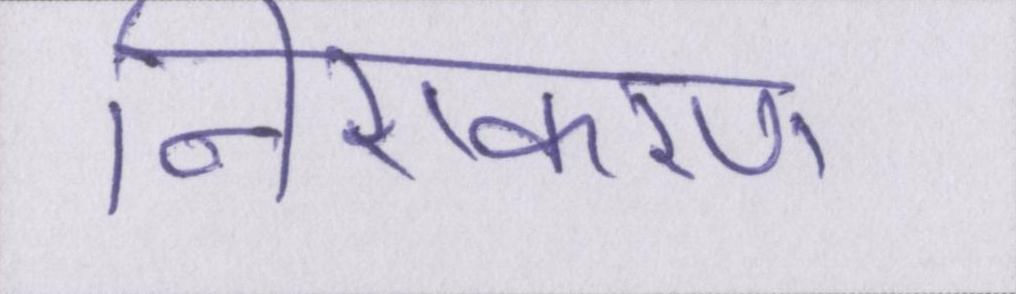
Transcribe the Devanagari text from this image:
निराकरण